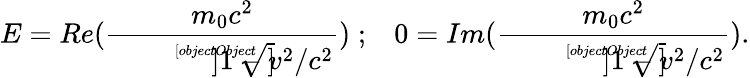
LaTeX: E=Re(\frac{m_{0}c^{2}}{\sqrt[[objectObject]]]{1-v^{2}/c^{2}}})\; ;\; \; \; 0=Im(\frac{m_{0}c^{2}}{\sqrt[[objectObject]]]{1-v^{2}/c^{2}}}).